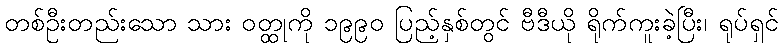
တစ်ဦးတည်းသော သား ဝတ္ထုကို ၁၉၉၀ ပြည့်နှစ်တွင် ဗီဒီယို ရိုက်ကူးခဲ့ပြီး၊ ရုပ်ရှင်